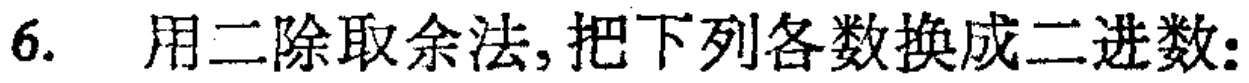
6. 用二除取余法,把下列各数换成二进数: